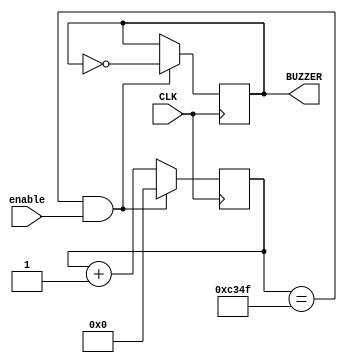
module alarm(
    input CLK,
    input enable,
    output reg BUZZER
    );

reg [25:0] count;

always @(posedge CLK) 
begin
  count <= count + 1;
  if ((count == 26'd49999) & enable) // 1kHz
  begin
    BUZZER <= ~ BUZZER;
    count <= 0;
  end
end

endmodule